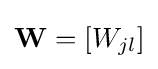
\mathbf {W} =[W_{jl}]